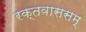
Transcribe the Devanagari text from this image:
रक्तवाससम्